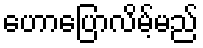
ဟောပြောလိမ့်မည်